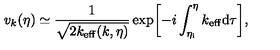
v _ { k } ( \eta ) \simeq \frac { 1 } { \sqrt { 2 k _ { \mathrm { e f f } } ( k , \eta ) } } \exp \biggl [ - i \int _ { \eta _ { \mathrm { i } } } ^ { \eta } k _ { \mathrm { e f f } } \mathrm { d } \tau \biggr ] ,